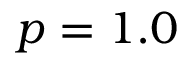
p = 1 . 0